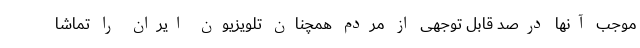
موجب آنها درصد قابل توجهی از مردم همچنان تلویزیون ایران را تماشا